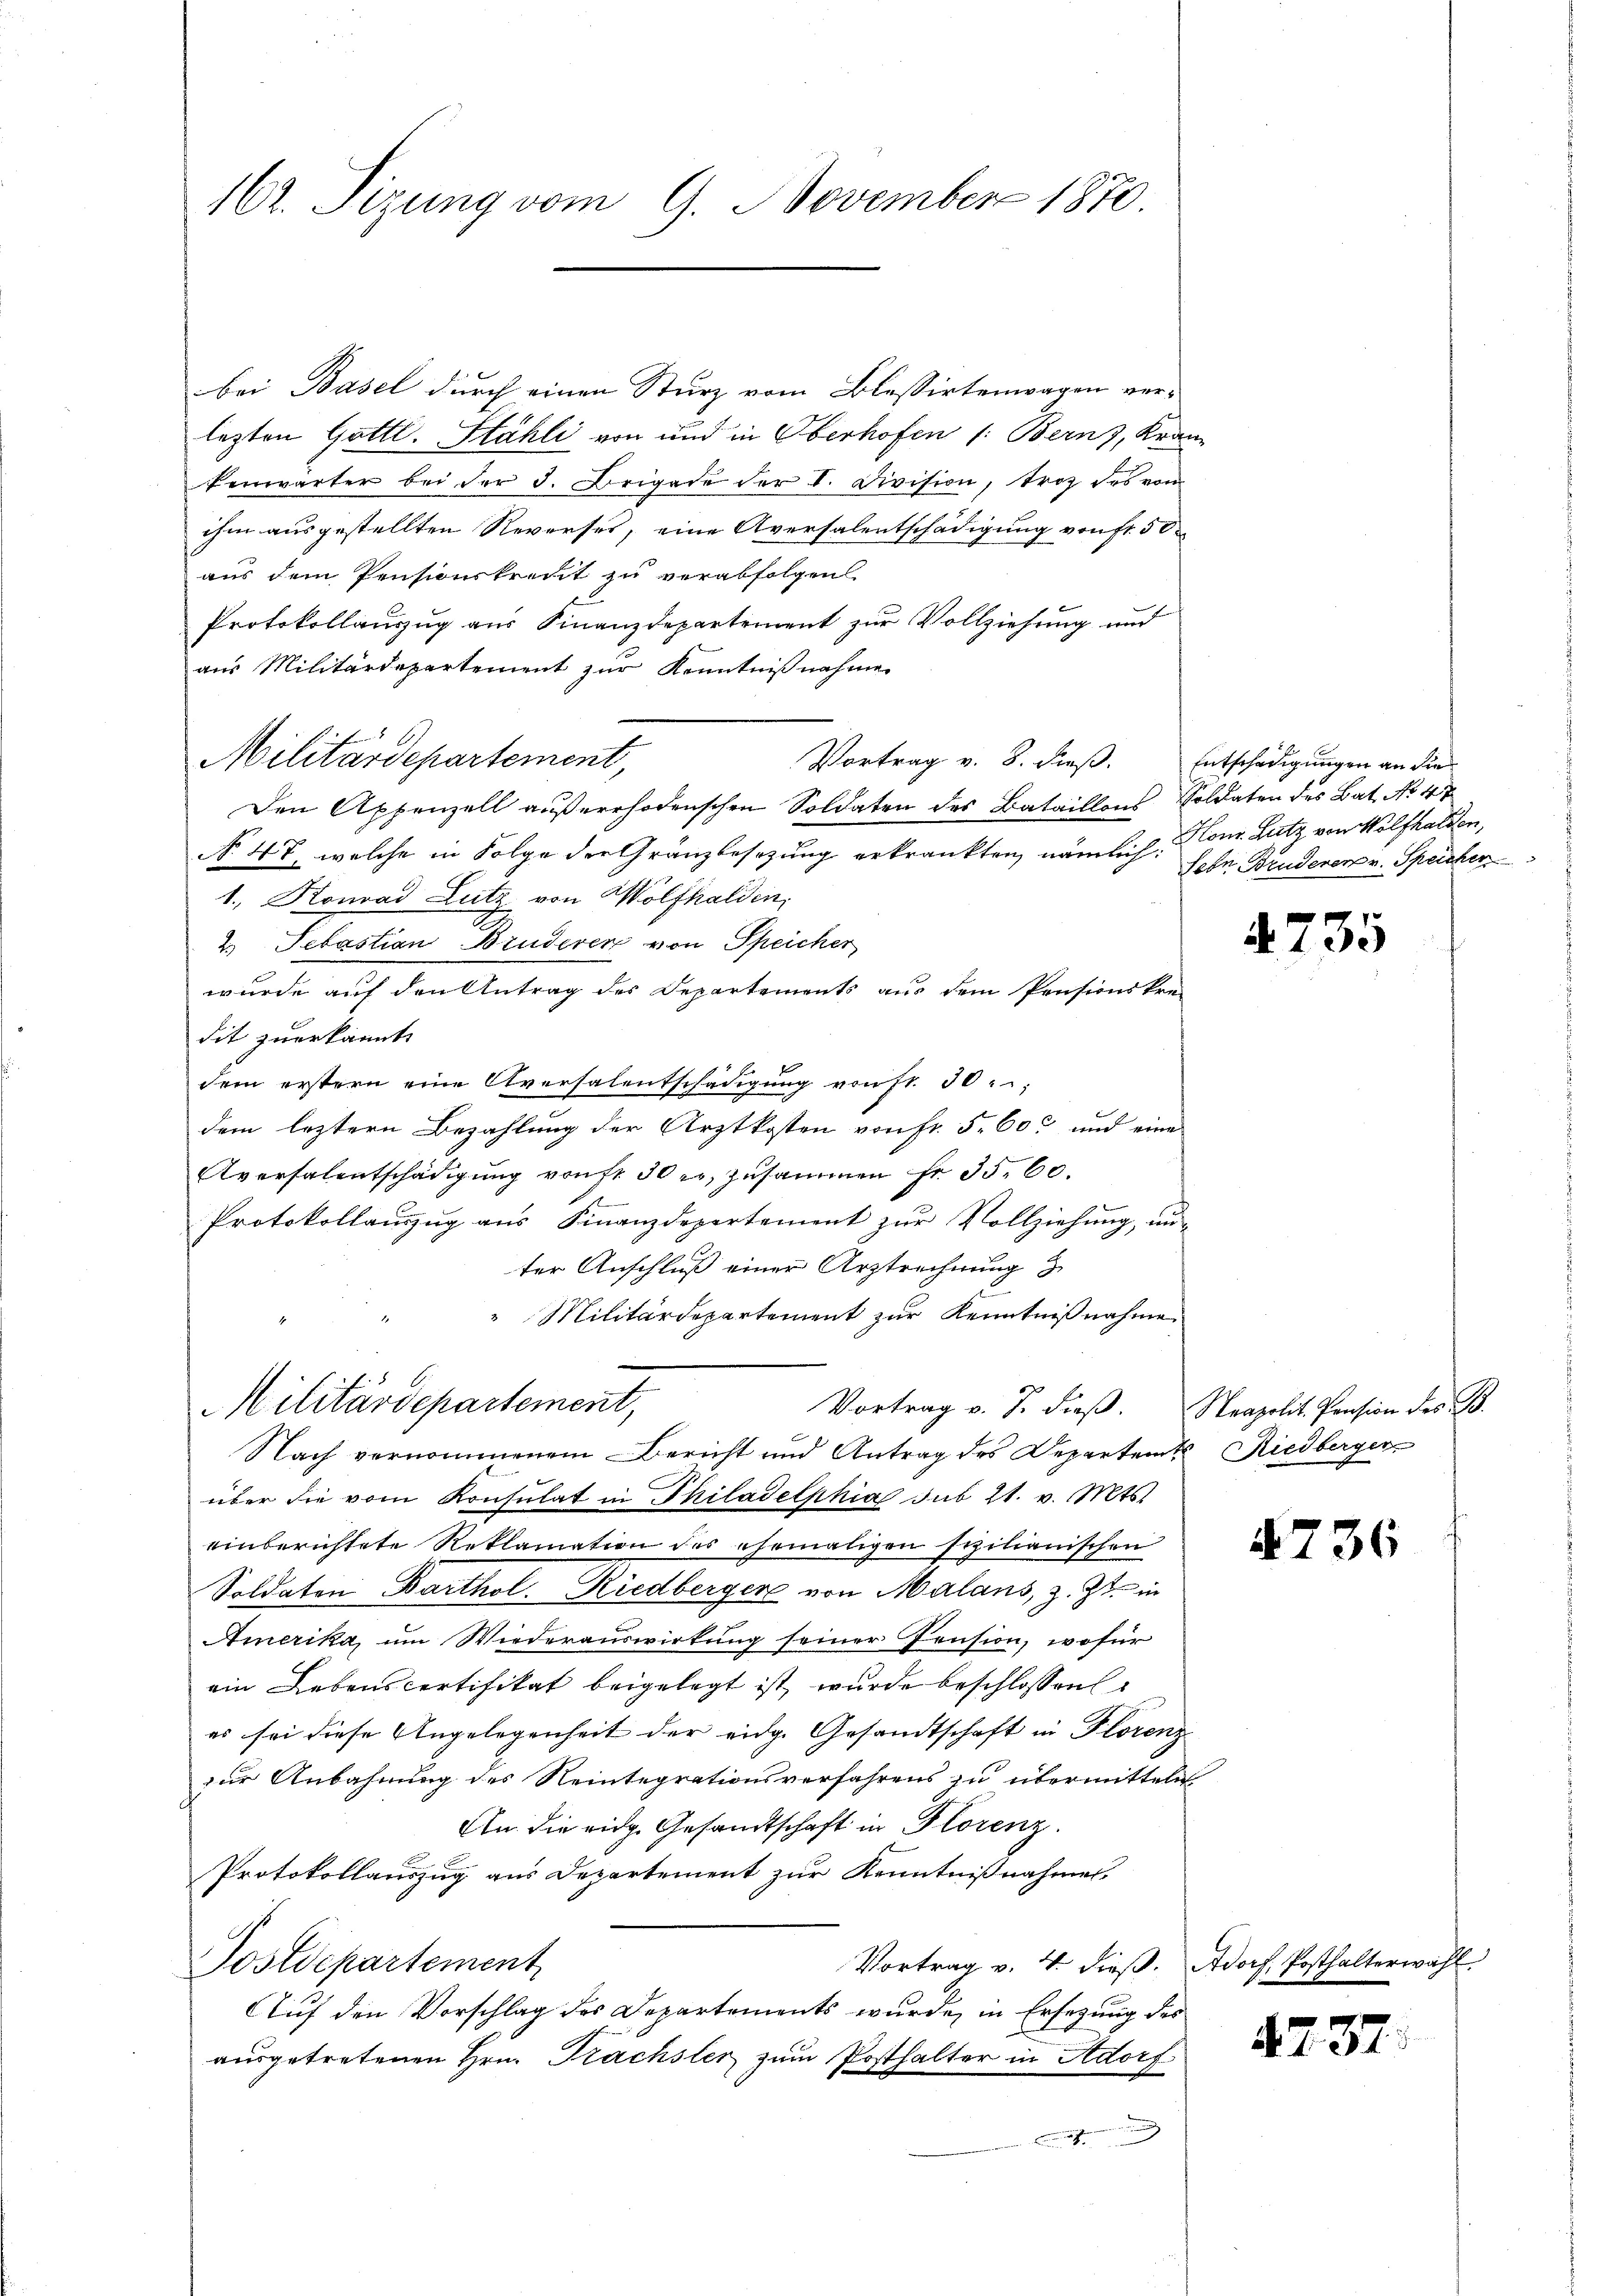
161. Tizung vom 9. November 1870.

bei Basel durch einen Sturz vom Blessirtenwagen verlezten Gottl. Stähli von und in Oberhofen (: Bernz, Kranz
fenwärter bei der d. Brigade der V. Division, troz des vom
ihm ausgestellten Reverses, eine Aversalentschädigung von fr. 50
aus dem Pensionskredit zu verabfolgen.
Protokollauszug aus Finanzdepartement zur Vollziehung und
aus Militärdepartement zur Kenntnißnahme
Militärdepartement,
Den Appenzell außerrhodenschen Soldaten des Bataillons Soldaten des Bat. No 47
No. 47, welche in Folge der Gränzbesezung erkrankten, nämlich: Sohn Bruderen v. Speicher
1., Konrad Lutz von Wolfhalden,
2. Sebastian Bruderen von Speicher
wurde auf den Antrag des Departements aus dem Pensionskre-
dit zuerkannt.
dem erstern eine Aversalentschädigung von fr. 30
dem leztern Bezahlung der Arztkosten von Fr. 5. 60 und eine
Aversalentschädigung von fr. 50 r. zusammen Fr. 35. 60.
Protokollauszug aus Finanzdepartement zur Vollziehung, un-
ter Anschluß einer Urztrechnung z
Militärdepartement zur Kenntnißnahme
Militärdepartement,
Vortrag v. J. dieβ. Neapolit. Pension des B
Nach vernommenem Bericht und Antrag des Departem Riedberger
über die vom Konsulat in Philadelphia sub 21. v. Mts.
einberichtete Reklamation des ehemaligen scilianischen
Soldaten Barthol. Riedbergere von Malans, z. Zt. in
Amerika, um Wiederauswirkung seiner Pension, wofür
ein Lebens certifikat beigelegt ist, wurde beschlossen
es sei diese Angelegenheit der eidg. Gesandtschaft in Florenz
zur Anbahnung des Reintegrationsverfahrens zu übermitteln
An die eidg. Gesandtschaft in Florenz.
Protokollauszug aus Departement zur Kenntnißnahmes.
Vortrag v. 4. dieß. Adorf, Posthalterwäh
Postdepartement
Auf den Vorschlag des Departements wurde, in Ersezung des
ausgetretenen Hrn. Prachsler zum Posthalter in Adorf
.

Vortrag v. 8. dieß. Entschädigungen an die

Hon. Lutz von Wolfhalten,

735

736

4737.

)